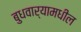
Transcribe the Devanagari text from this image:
बुधवार्‍यामधील